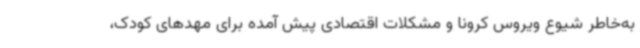
به‌خاطر شیوع ویروس کرونا و مشکلات اقتصادی پیش آمده برای مهدهای کودک،